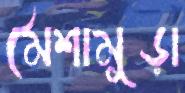
মৈশামূড়া